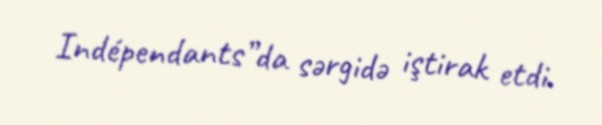
Indépendants”da sərgidə iştirak etdi.